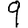
Digit: 9